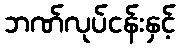
ဘဏ်လုပ်ငန်းနှင့်